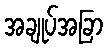
အချုပ်အခြာ